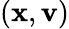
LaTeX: (\mathbf{x},\mathbf{v})